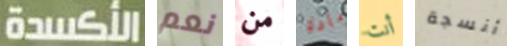
الأكسدة نعم من مادة أنت أنسجة